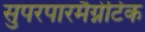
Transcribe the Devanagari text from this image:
सुपरपारमैग्नेटिक